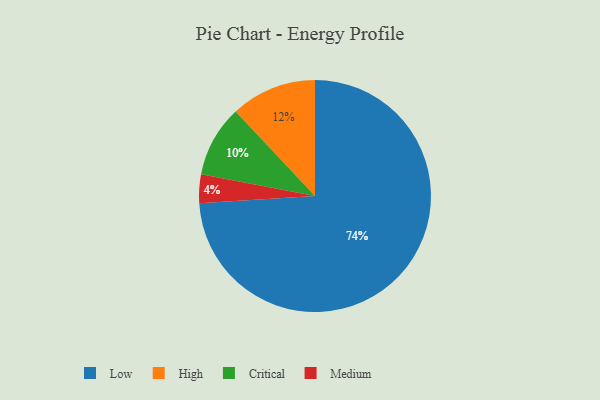
{"axis": {"x": "Category", "y": "Percentage"}, "legend": ["Critical", "High", "Low", "Medium"], "data": [{"x": "High", "y": 12, "type": "High"}, {"x": "Medium", "y": 4, "type": "Medium"}, {"x": "Low", "y": 74, "type": "Low"}, {"x": "Critical", "y": 10, "type": "Critical"}]}